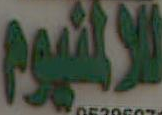
الالمنيوم